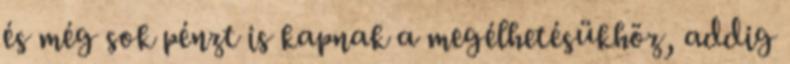
és még sok pénzt is kapnak a megélhetésükhöz, addig